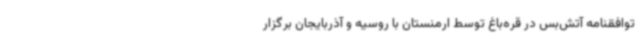
توافقنامه آتش‌بس در قره‌باغ توسط ارمنستان با روسیه و آذربایجان برگزار